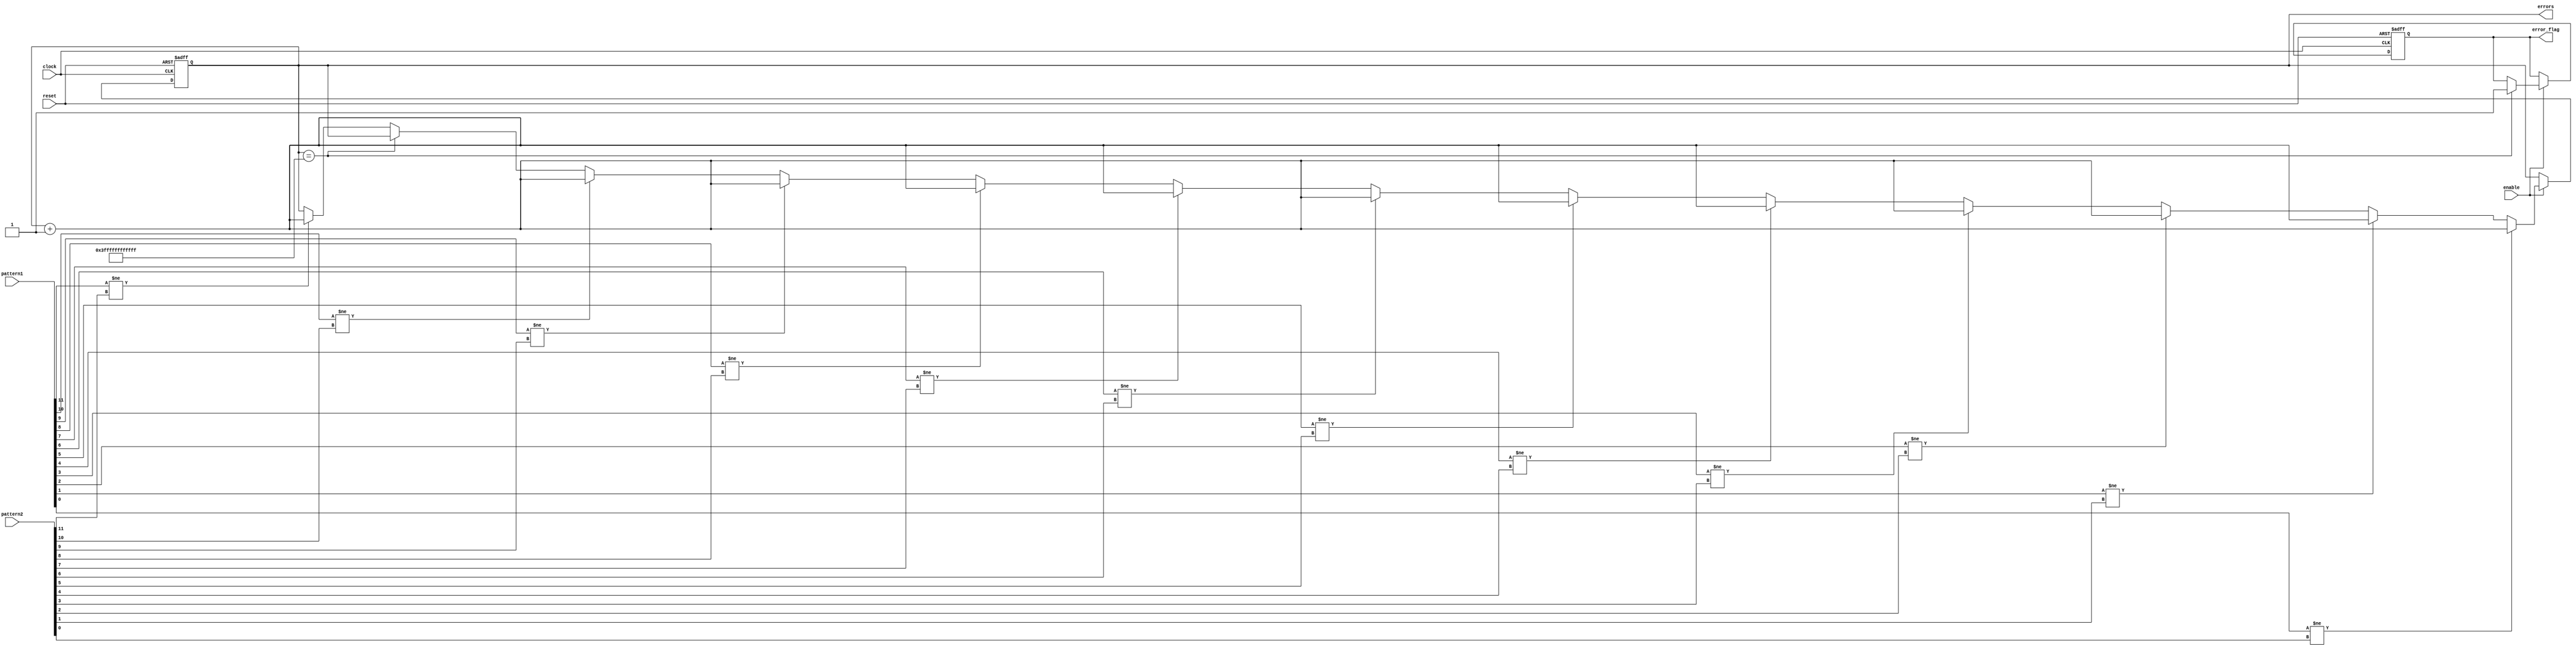
//adapted from https://github.com/SaKi1309/Bit_Error_Tester/blob/main/Verilog_Design/error_counter.v

module BER_audio(
pattern1,
pattern2,
clock,
reset,
enable,		//enabled by the tx enable
errors,		// number of errors
error_flag	//is set when errorcount is full
);

input [11:0] pattern1;
input [11:0] pattern2;
input clock;
input reset;
input enable;

output reg [49:0] errors;   // 16 bit because 4 digit Hex Display
output reg error_flag;


always @ (posedge clock or posedge reset)
	begin
		if(reset)
			begin
				errors [49:0] <= 50'b0;
				error_flag <= 1'b0;
			end	
				else if (enable)
					begin
					 // because then the display shows FFFF when 2 edges later
						if(errors[49:0] == 50'b1-2'b10)
							begin
								error_flag <= 1'b1;
							end	
						else
							if (pattern1[11] != pattern2[11])
								errors[49:0] <= errors[49:0] + 1'b1;
								
							if (pattern1[10] != pattern2[10])
								errors[49:0] <= errors[49:0] + 1'b1;
								
							if (pattern1[9] != pattern2[9])
								errors[49:0] <= errors[49:0] + 1'b1;
								
							if (pattern1[8] != pattern2[8])
								errors[49:0] <= errors[49:0] + 1'b1;
								
							if (pattern1[7] != pattern2[7])
								errors[49:0] <= errors[49:0] + 1'b1;
								
							if (pattern1[6] != pattern2[6])
								errors[49:0] <= errors[49:0] + 1'b1;
								
							if (pattern1[5] != pattern2[5])
								errors[49:0] <= errors[49:0] + 1'b1;
								
							if (pattern1[4] != pattern2[4])
								errors[49:0] <= errors[49:0] + 1'b1;
								
							if (pattern1[3] != pattern2[3])
								errors[49:0] <= errors[49:0] + 1'b1;
								
							if (pattern1[2] != pattern2[2])
								errors[49:0] <= errors[49:0] + 1'b1;
								
							if (pattern1[1] != pattern2[1])
								errors[49:0] <= errors[49:0] + 1'b1;
								
							if (pattern1[0] != pattern2[0])
								errors[49:0] <= errors[49:0] + 1'b1;
					end
end

endmodule


//adapted from https://github.com/SaKi1309/Bit_Error_Tester/blob/main/Verilog_Design/error_counter.v

module BER_text(
pattern1,
pattern2,
clock,
reset,
enable,		//enabled by the tx enable
errors,		// number of errors
error_flag	//is set when errorcount is full
);

input [7:0] pattern1;
input [7:0] pattern2;
input clock;
input reset;
input enable;

output reg [49:0] errors;   // 16 bit because 4 digit Hex Display
output reg error_flag;


always @ (posedge clock or posedge reset)
	begin
		if(reset)
			begin
				errors [49:0] <= 50'b0;
				error_flag <= 1'b0;
			end	
				else if (enable)
					begin
					 // because then the display shows FFFF when 2 edges later
						if(errors[49:0] == 50'b1-2'b10)
							begin
								error_flag <= 1'b1;
							end	
						else
							if (pattern1[7] != pattern2[7])
								errors[49:0] <= errors[49:0] + 1'b1;
								
							if (pattern1[6] != pattern2[6])
								errors[49:0] <= errors[49:0] + 1'b1;
								
							if (pattern1[5] != pattern2[5])
								errors[49:0] <= errors[49:0] + 1'b1;
								
							if (pattern1[4] != pattern2[4])
								errors[49:0] <= errors[49:0] + 1'b1;
								
							if (pattern1[3] != pattern2[3])
								errors[49:0] <= errors[49:0] + 1'b1;
								
							if (pattern1[2] != pattern2[2])
								errors[49:0] <= errors[49:0] + 1'b1;
								
							if (pattern1[1] != pattern2[1])
								errors[49:0] <= errors[49:0] + 1'b1;
								
							if (pattern1[0] != pattern2[0])
								errors[49:0] <= errors[49:0] + 1'b1;
					end
end

endmodule